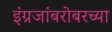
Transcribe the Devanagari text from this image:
इंग्रजांबरोबरच्या